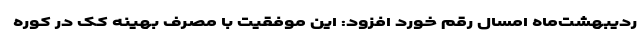
ردیبهشت‌ماه امسال رقم خورد افزود: این موفقیت با مصرف بهینه کک در کوره